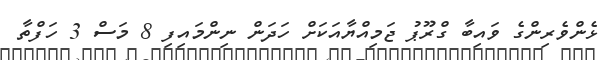
ޅެންވެރިންގެ ވައިބާ ގްރޫޕު ޖަމިއްޔާއަކަށް ހަދަން ނިންމައިފި 8 މަސް 3 ހަފްތާ